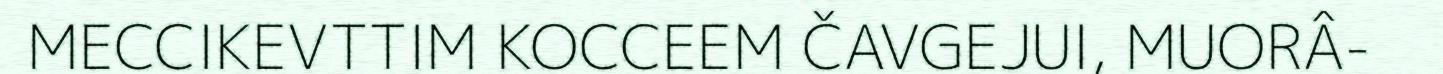
MECCIKEVTTIM KOCCEEM ČAVGEJUI, MUORÂ-